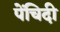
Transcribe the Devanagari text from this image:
पेंचिदी